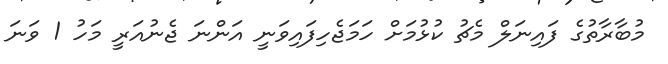
މުބާރާތުގެ ފައިނަލް މެޗު ކުޅުމަށް ހަމަޖެހިފައިވަނީ އަންނަ ޖެނުއަރީ މަހު 1 ވަނަ